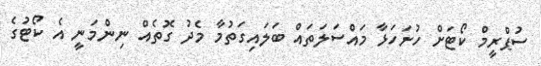
ސުޕްރީމް ކޯޓަށް ހުށަހަޅާ މައްސަލަތައް ބަލައިގަތުމާ މެދު ގޮތެއް ނިންމަނީ އެ ކޯޓުގެ